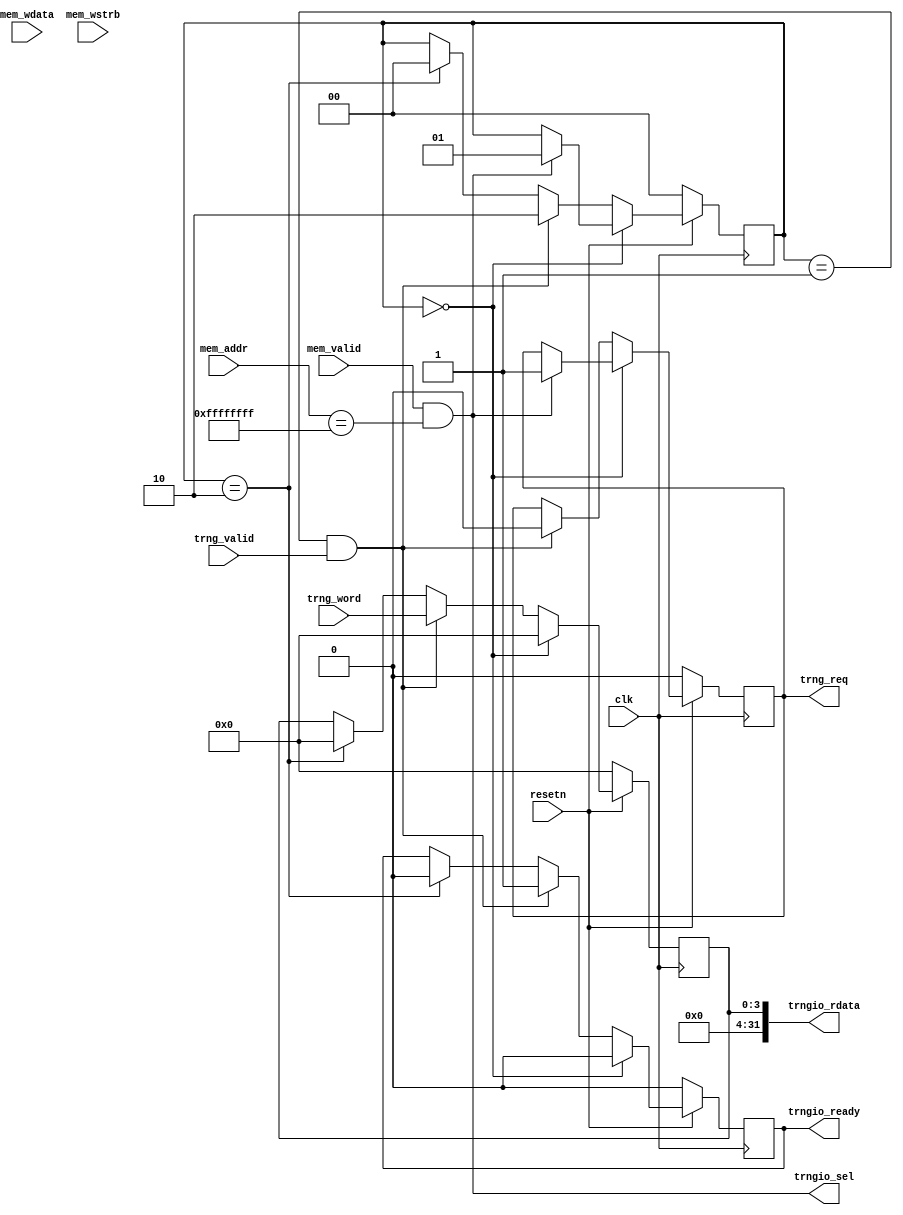
module trngio #(
    parameter [31:0] ADDR = 32'hffff_ffff,
    parameter TRNG_WIDTH = 4
) (
    input clk,
    input resetn,
    input mem_valid,
    input [31:0] mem_addr,
    input [31:0] mem_wdata,
    input [3:0] mem_wstrb,
    output trngio_ready,
    output trngio_sel,
    output [31:0] trngio_rdata,
    input [TRNG_WIDTH-1:0] trng_word,
    input trng_valid,
    output trng_req
);

wire reg_read_sel = mem_valid && (mem_addr == ADDR);
assign trngio_sel = reg_read_sel;


reg [1:0] state; 
reg ready;
reg [TRNG_WIDTH-1:0] trng_word_reg;
reg trng_out;

always @(posedge clk) begin
    if (!resetn) begin
        trng_out <= 0;
        trng_word_reg <= 0;
        state <= 0;
        ready <= 0;
    end else begin
        if (state == 0) begin
            ready <= 0;
            trng_word_reg <= 0;
            if (reg_read_sel) begin
                trng_out <= 1;
                state <= 1;
            end
        end else if (state == 1 && trng_valid) begin
            trng_out <= 0;
            trng_word_reg <= trng_word;
            ready <= 1;
            state <= 2;
        end else if (state == 2) begin
            ready <= 0;
            trng_word_reg <= 0;
            state <= 0;
        end
    end 
end
assign trngio_ready = ready;
assign trngio_rdata = {(32-TRNG_WIDTH)'h0, trng_word_reg};
assign trng_req = trng_out;

endmodule